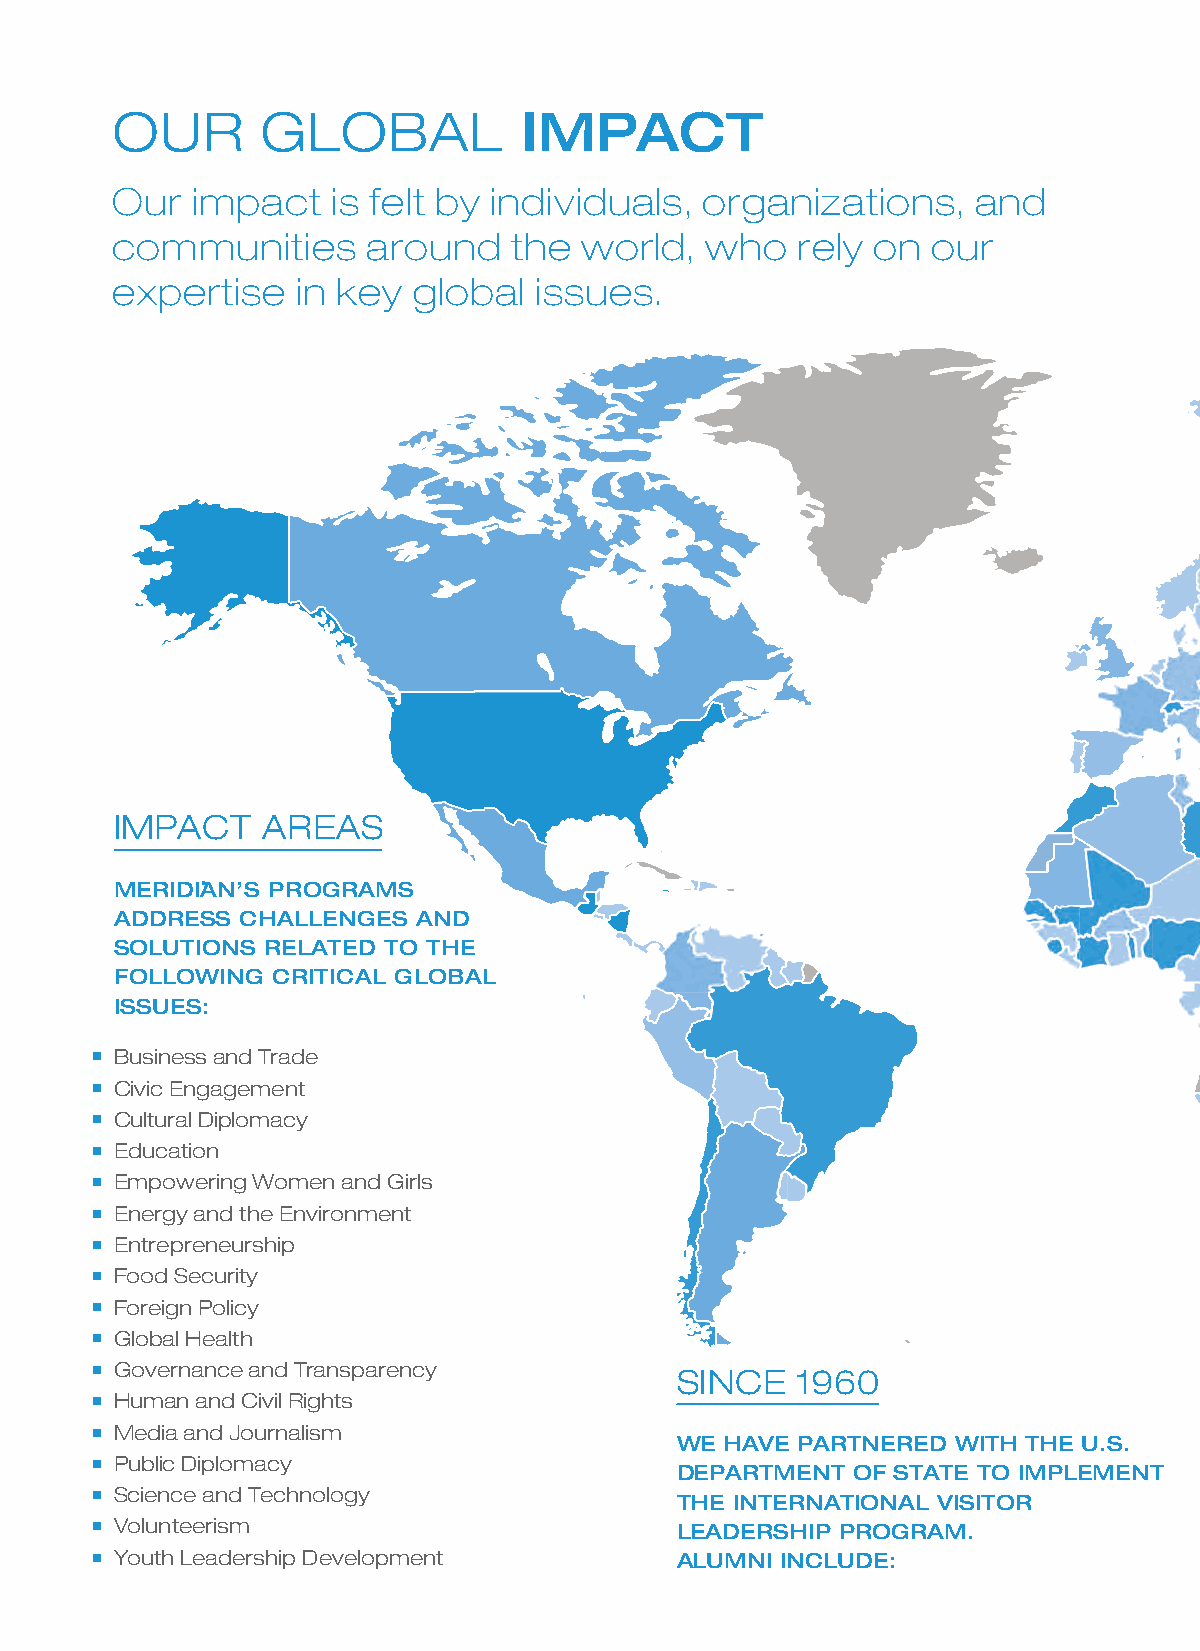
OUR       GLOBAL            IMPACT
 Our   impact   is felt by individuals,  organizations,    and
 communities      around    the world,   who   rely on  our
 expertise    in key global  issues.
 IMPACT   AREAS
 MERIDIAN’S PROGRAMS
 ADDRESS CHALLENGES  AND
 SOLUTIONS RELATED TO THE
 FOLLOWING CRITICAL GLOBAL
 ISSUES:
 Business and Trade
 Civic Engagement
 Cultural Diplomacy
 Education
 Empowering Women and Girls
 Energy and the Environment
 Entrepreneurship
 Food Security
 Foreign Policy
 Global Health
 Governance and Transparency
 SINCE   1960
 Human and Civil Rights
 Media and Journalism
 WE HAVE PARTNERED WITH THE U.S.
 Public Diplomacy
 DEPARTMENT OF STATE TO IMPLEMENT
 Science and Technology
 THE INTERNATIONAL VISITOR
 Volunteerism                         LEADERSHIP PROGRAM.
 Youth Leadership Development         ALUMNI INCLUDE: